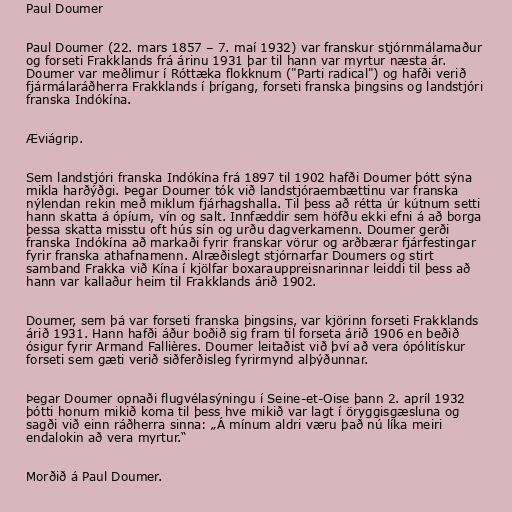
Paul Doumer

Paul Doumer (22. mars 1857 – 7. maí 1932) var franskur stjórnmálamaður
og forseti Frakklands frá árinu 1931 þar til hann var myrtur næsta ár.
Doumer var meðlimur í Róttæka flokknum ("Parti radical") og hafði verið
fjármálaráðherra Frakklands í þrígang, forseti franska þingsins og landstjóri
franska Indókína.

Æviágrip.

Sem landstjóri franska Indókína frá 1897 til 1902 hafði Doumer þótt sýna
mikla harðýðgi. Þegar Doumer tók við landstjóraembættinu var franska
nýlendan rekin með miklum fjárhagshalla. Til þess að rétta úr kútnum setti
hann skatta á ópíum, vín og salt. Innfæddir sem höfðu ekki efni á að borga
þessa skatta misstu oft hús sín og urðu dagverkamenn. Doumer gerði
franska Indókína að markaði fyrir franskar vörur og arðbærar fjárfestingar
fyrir franska athafnamenn. Alræðislegt stjórnarfar Doumers og stirt
samband Frakka við Kína í kjölfar boxarauppreisnarinnar leiddi til þess að
hann var kallaður heim til Frakklands árið 1902.

Doumer, sem þá var forseti franska þingsins, var kjörinn forseti Frakklands
árið 1931. Hann hafði áður boðið sig fram til forseta árið 1906 en beðið
ósigur fyrir Armand Fallières. Doumer leitaðist við því að vera ópólitískur
forseti sem gæti verið siðferðisleg fyrirmynd alþýðunnar.

Þegar Doumer opnaði flugvélasýningu í Seine-et-Oise þann 2. apríl 1932
þótti honum mikið koma til þess hve mikið var lagt í öryggisgæsluna og
sagði við einn ráðherra sinna: „Á mínum aldri væru það nú líka meiri
endalokin að vera myrtur.“

Morðið á Paul Doumer.